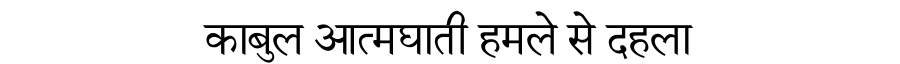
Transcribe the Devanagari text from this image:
काबुल आत्मघाती हमले से दहला